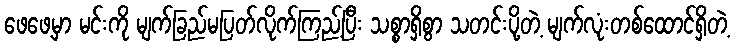
ဖေဖေ့မှာ မင်းကို မျက်ခြည်မပြတ်လိုက်ကြည့်ပြီး သစ္စာရှိစွာ သတင်းပို့တဲ့ မျက်လုံးတစ်ထောင်ရှိတဲ့